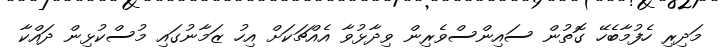
މަދިރި ހެފުމާބެހޭ ގޮތުން ސައިންސްވެރިން ވިދާޅުވާ އެއްޗަކަށް އިހު ޒަމާނުގައި މުސްކުޅިން ދައްކާ